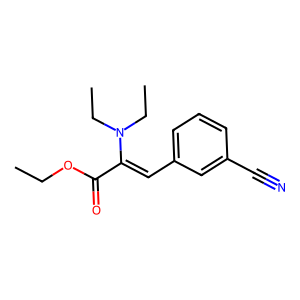
SMILES: CCOC(=O)C(=Cc1cccc(C#N)c1)N(CC)CC
Inhibits HIV replication: No